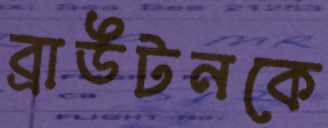
ব্রাউটনকে